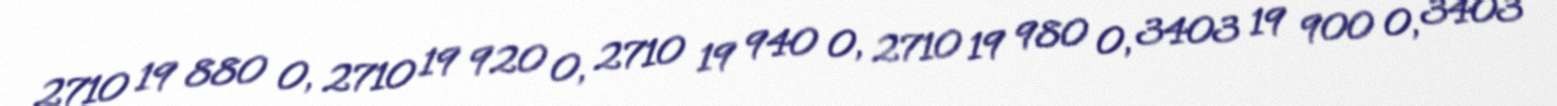
2710 19 880 0, 2710 19 920 0, 2710 19 940 0, 2710 19 980 0, 3403 19 900 0, 3403